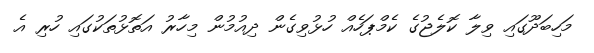
މަހިބަދޫގައި ވިލާ ކޮލެޖުގެ ކެމްޕަހެއް ހުޅުވިގެން ދިއުމުން މިހާރު އަތޮޅުތަކުގައި ހުރި އެ